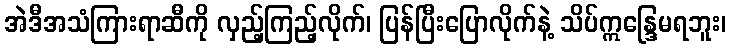
အဲဒီအသံကြားရာဆီကို လှည့်ကြည့်လိုက်၊ ပြန်ပြီးပြောလိုက်နဲ့ သိပ်ဣန္ဒြေမရဘူး၊